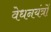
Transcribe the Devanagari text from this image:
वेधनयंत्रों